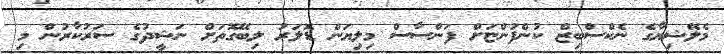
މެލޭޝިޔާގެ ނެކްސްބިޒް ކުންފުންޏަށް ފަންސާސް މިލިޔަން ޑޮލަރު ލިބޭގޮތަށް ނަޝީދުގެ ސަރުކާރުން މި